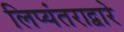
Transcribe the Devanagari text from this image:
लिप्यंतराद्वारे